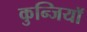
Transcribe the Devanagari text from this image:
कुन्जियाॅ